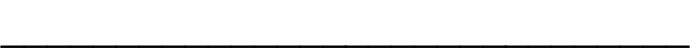
______________________________